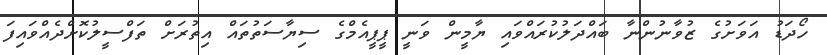
ހޯދަޑު އަވަށުގެ ޒުވާނުންނާ ބައްދަލުކުރައްވައި ޔާމީން ވަނީ ޕީޕީއެމްގެ ސިޔާސަތުތައް އިތުރަށް ތަފްސީލުކޮށްދެއްވައިފަ